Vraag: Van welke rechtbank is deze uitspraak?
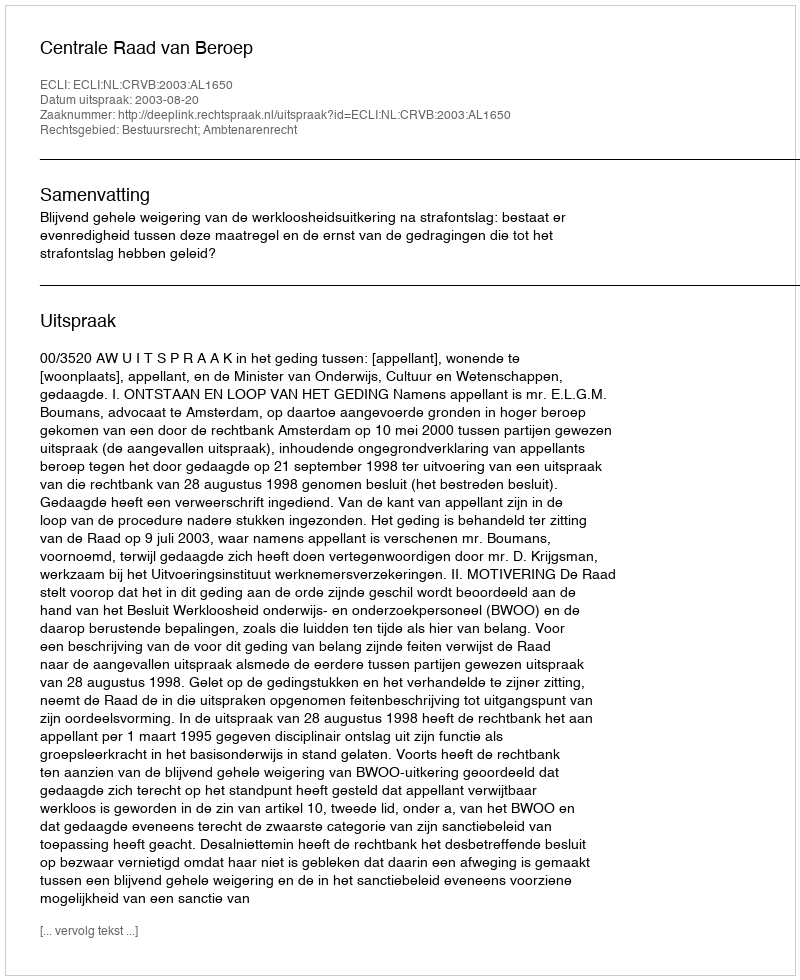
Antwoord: Centrale Raad van Beroep